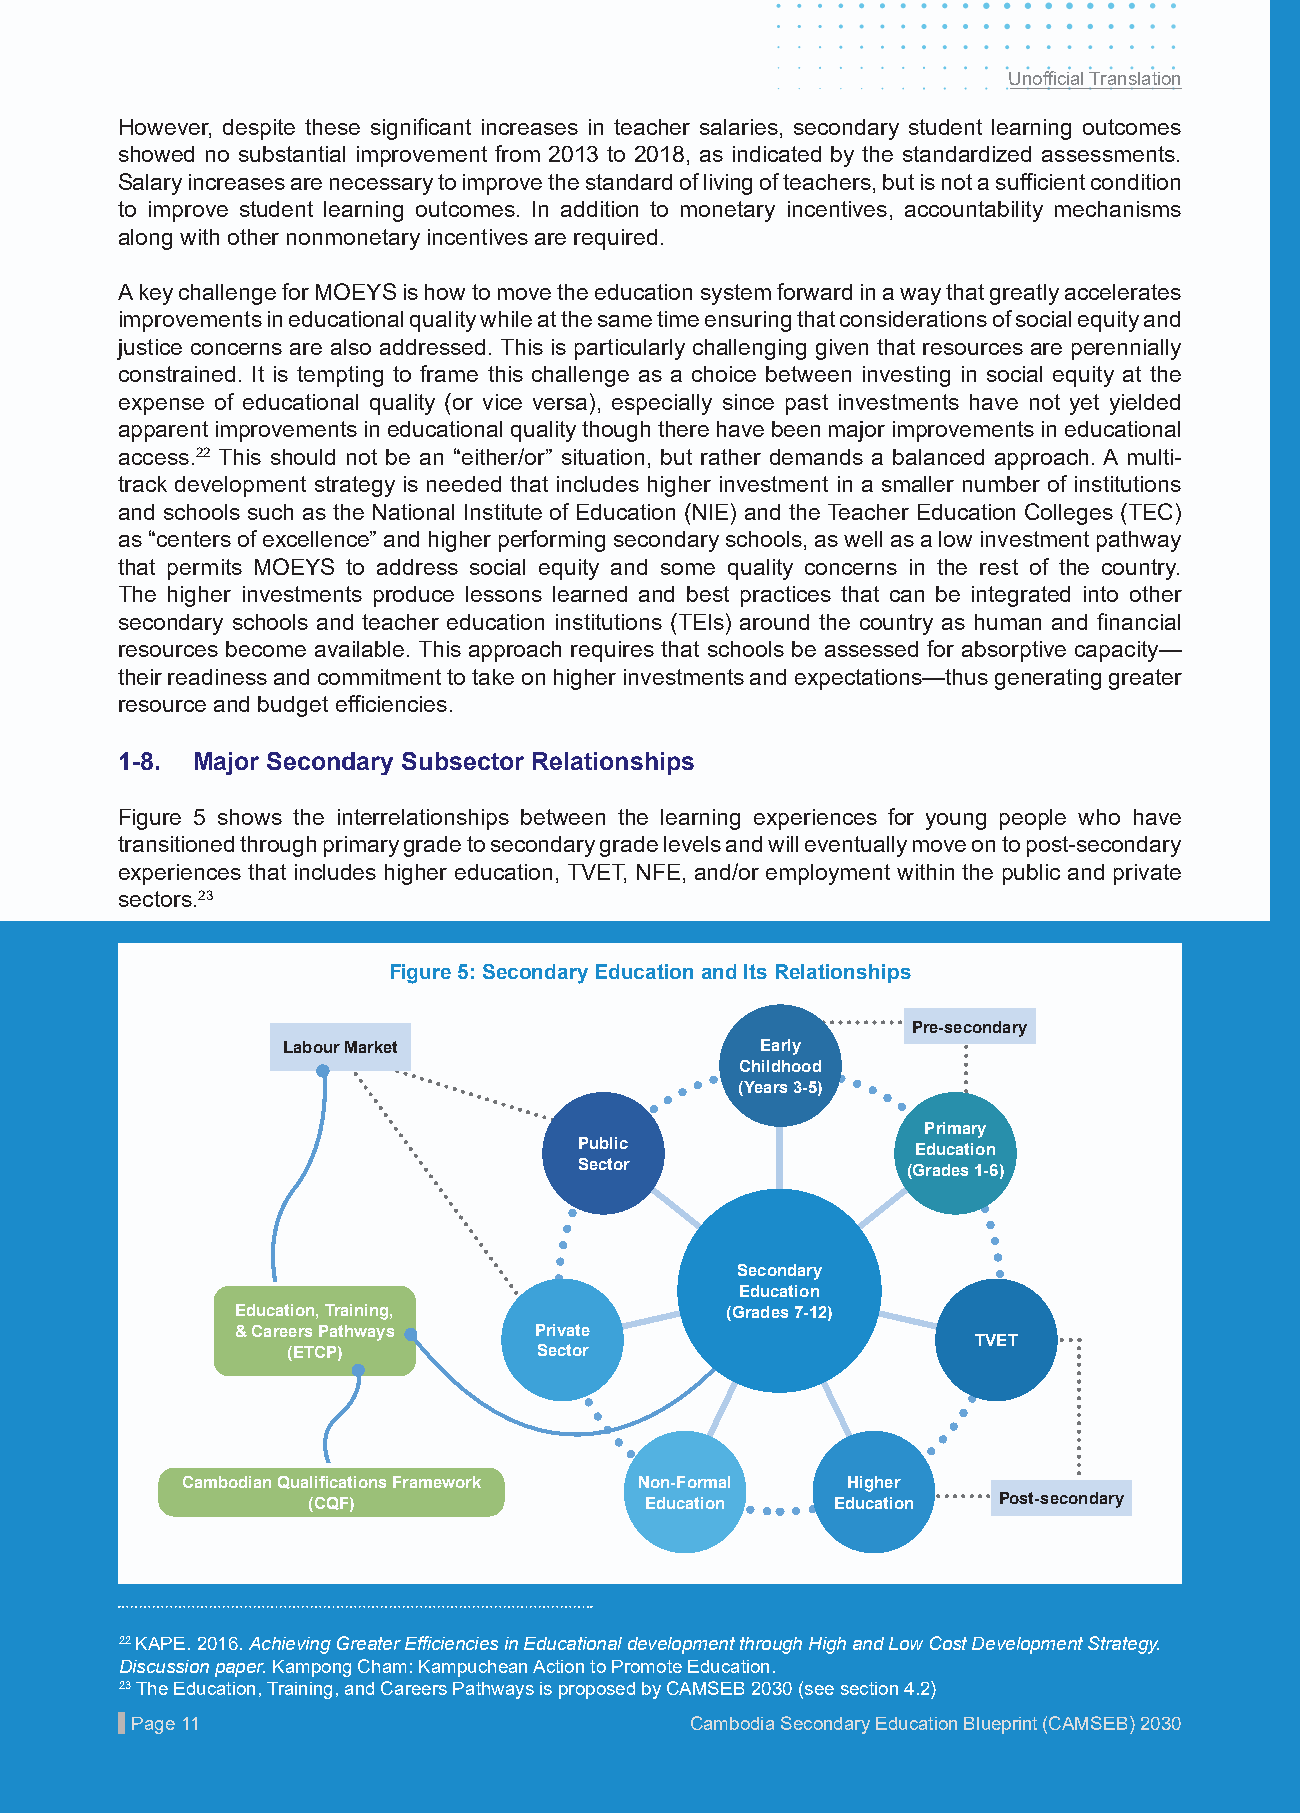
Unofficial Translation
 However, despite these significant increases in teacher salaries, secondary student learning outcomes
 showed no substantial improvement from 2013 to 2018, as indicated by the standardized assessments.
 Salary increases are necessary to improve the standard of living of teachers, but is not a sufficient condition
 to improve student learning outcomes. In addition to monetary incentives, accountability mechanisms
 along with other nonmonetary incentives are required.
 A key challenge for MOEYS is how to move the education system forward in a way that greatly accelerates
 improvements in educational quality while at the same time ensuring that considerations of social equity and
 justice concerns are also addressed. This is particularly challenging given that resources are perennially
 constrained. It is tempting to frame this challenge as a choice between investing in social equity at the
 expense of educational quality (or vice versa), especially since past investments have not yet yielded
 apparent improvements in educational quality though there have been major improvements in educational
 access.22 This should not be an “either/or” situation, but rather demands a balanced approach. A multi-
 track development strategy is needed that includes higher investment in a smaller number of institutions
 and schools such as the National Institute of Education (NIE) and the Teacher Education Colleges (TEC)
 as “centers of excellence” and higher performing secondary schools, as well as a low investment pathway
 that permits MOEYS to address social equity and some quality concerns in the rest of the country.
 The higher investments produce lessons learned and best practices that can be integrated into other
 secondary schools and teacher education institutions (TEIs) around the country as human and financial
 resources become available. This approach requires that schools be assessed for absorptive capacity—
 their readiness and commitment to take on higher investments and expectations—thus generating greater
 resource and budget efficiencies.
 1-8. Major Secondary Subsector Relationships
 Figure 5 shows the interrelationships between the learning experiences for young people who have
 transitioned through primary grade to secondary grade levels and will eventually move on to post-secondary
 experiences that includes higher education, TVET, NFE, and/or employment within the public and private
 sectors.23
 Figure 5: Secondary Education and Its Relationships
 Pre-secondary
 Labour Market                  Early
 Childhood
 (Years 3-5)
 Primary
 Public                 Education
 Sector                (Grades 1-6)
 Secondary
 Education
 Education, Training,            (Grades 7-12)
 & Careers Pathways Private
 TVET
 (ETCP)           Sector
 Cambodian Qualifications Framework Non-Formal Higher
 (CQF)                  Education   Education  Post-secondary
 22 KAPE. 2016. Achieving Greater Efficiencies in Educational development through High and Low Cost Development Strategy.
 Discussion paper. Kampong Cham: Kampuchean Action to Promote Education.
 23 The Education, Training, and Careers Pathways is proposed by CAMSEB 2030 (see section 4.2)
 PPaaggee 1111                        CCaammbbooddiiaa SSeeccoonnddaarryy EEdduuccaattiioonn BBlluueepprriinntt ((CCAAMMSSEEBB)) 22003300